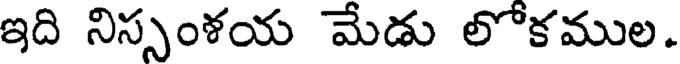
ఇది నిస్సంళయ మేడు లోకముల.